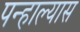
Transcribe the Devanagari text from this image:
पन्हाल्यास